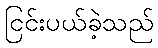
ငြင်းပယ်ခဲ့သည်